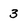
Character: 3